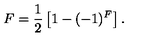
F = \frac { 1 } { 2 } \left[ 1 - ( - 1 ) ^ { F } \right] .